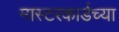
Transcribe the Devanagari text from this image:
मास्टरकार्डच्या